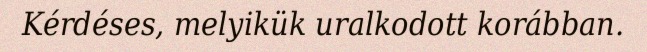
Kérdéses, melyikük uralkodott korábban.